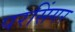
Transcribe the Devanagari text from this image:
परसिंगर